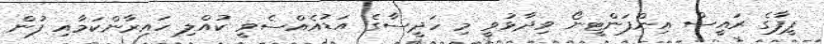
ފީފާގެ ރައީސް އިންފަންޓީނޯ ވިދާޅުވީ މި ހަދީސާގެ އަޑުއެއްސެވީ ކުއްލި ހައިރާންކަމާއި ފުން